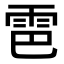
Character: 𫕠